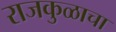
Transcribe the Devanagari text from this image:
राजकुळाचा